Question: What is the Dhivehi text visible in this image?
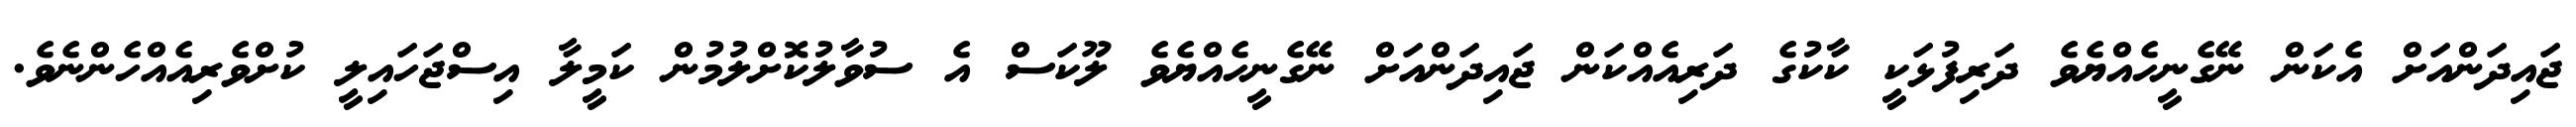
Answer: ޖައިދަންއަށް އެކަން ނޭގެނީހެއްޔެވެ ދަރިފުޅަކީ ކާކުގެ ދަރިއެއްކަން ޖައިދަންއަށް ނޭގެނީހެއްޔެވެ ލޫކަސް އެ ސުވާލުކޮށްލުމުން ކަމީލާ އިސްޖަހައިލީ ކުށްވެރިއެއްހެންނެވެ.